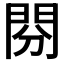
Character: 𨳚